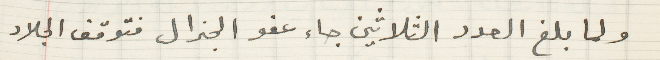
ولما بلغ العدد الثلاثين جاء عفو الجنرال فتوقف الجلاد